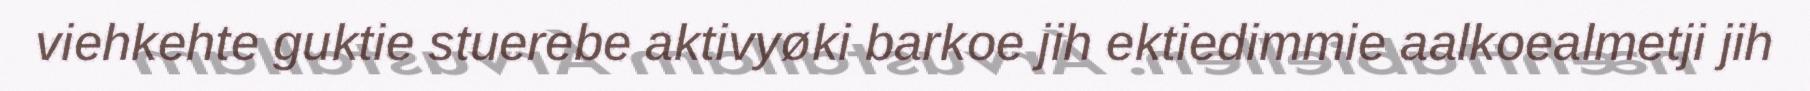
viehkehte guktie stuerebe aktivyøki barkoe jih ektiedimmie aalkoealmetji jih